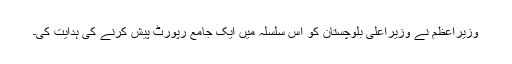
وزیراعظم نے وزیراعلیٰ بلوچستان کو اس سلسلہ میں ایک جامع رپورٹ پیش کرنے کی ہدایت کی۔